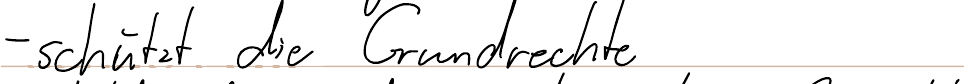
- schützt die Grundrechte